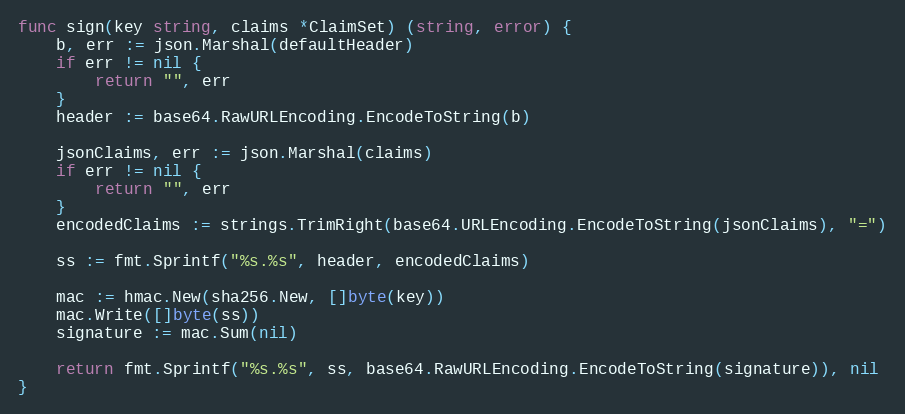
Language: Go
func sign(key string, claims *ClaimSet) (string, error) {
	b, err := json.Marshal(defaultHeader)
	if err != nil {
		return "", err
	}
	header := base64.RawURLEncoding.EncodeToString(b)

	jsonClaims, err := json.Marshal(claims)
	if err != nil {
		return "", err
	}
	encodedClaims := strings.TrimRight(base64.URLEncoding.EncodeToString(jsonClaims), "=")

	ss := fmt.Sprintf("%s.%s", header, encodedClaims)

	mac := hmac.New(sha256.New, []byte(key))
	mac.Write([]byte(ss))
	signature := mac.Sum(nil)

	return fmt.Sprintf("%s.%s", ss, base64.RawURLEncoding.EncodeToString(signature)), nil
}